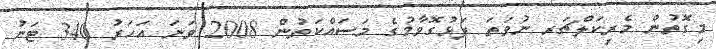
މިގޮތުން މެރިކަލްޗަރ ނުވަތަ ފަޅުގޮވާމުގެ މަސައްކަތުން 2008 ވަނަ އަހަރު 340 ޓަނު